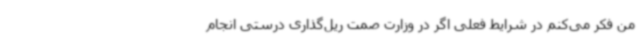
من فکر می‌کنم در شرایط فعلی اگر در وزارت صمت ریل‌گذاری درستی انجام